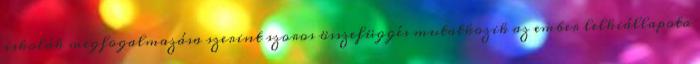
iskolák megfogalmazása szerint szoros összefüggés mutatkozik az ember lelkiállapota